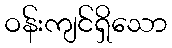
ဝန်းကျင်ရှိသော